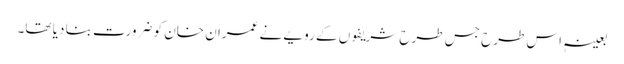
بعینہٖ اس طرح جس طرح شریفوں کے رویے نے عمران خان کو ضرورت بنا دیا تھا۔